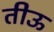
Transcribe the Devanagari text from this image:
तीऊ